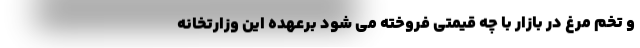
و تخم مرغ در بازار با چه قیمتی فروخته می شود برعهده این وزارتخانه